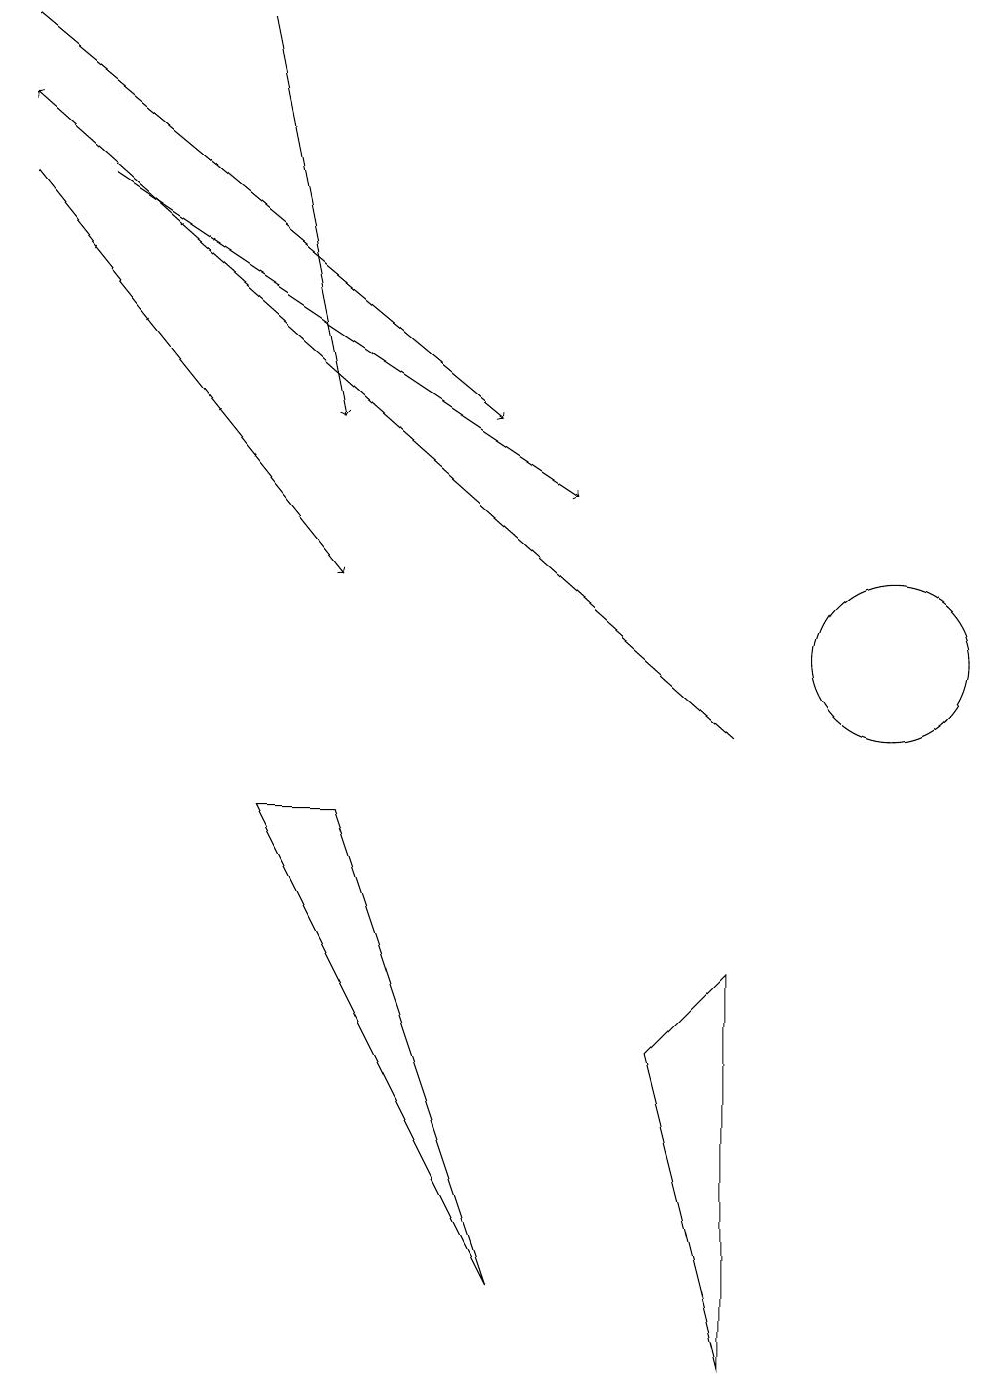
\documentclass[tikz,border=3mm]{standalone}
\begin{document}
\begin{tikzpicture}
\draw (8,6) -- (9,7) -- (9,2) -- cycle;
\draw[->] (0,17) -- (4,12);
\draw (11,11) circle (1);
\draw[->] (3,19) -- (4,14);
\draw (3,9) -- (4,9) -- (6,3) -- cycle;
\draw[->] (1,17) -- (7,13);
\draw[->] (9,10) -- (0,18);
\draw[->] (0,19) -- (6,14);
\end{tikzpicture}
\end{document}